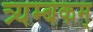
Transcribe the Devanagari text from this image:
त्र्यम्‍बकम्